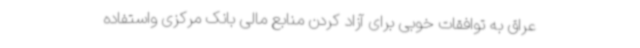
عراق به توافقات خوبی برای آزاد کردن منابع مالی بانک مرکزی واستفاده